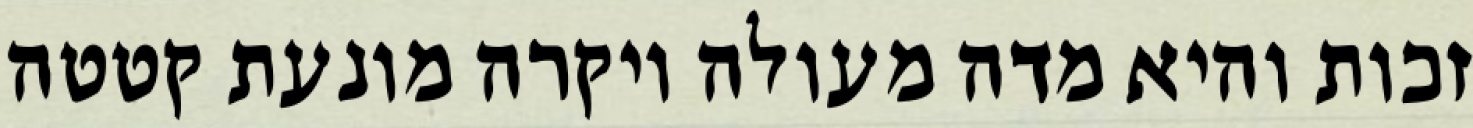
זכות והיא מדה מעולה ויקרה מונעת קטטה